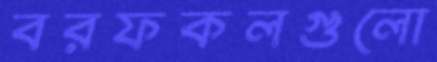
বরফকলগুলো